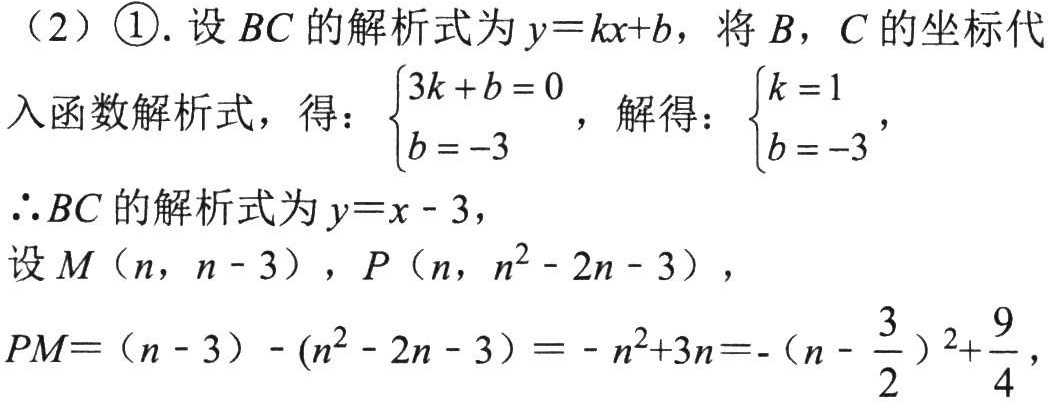
（2）\textcircled{1}. 设 \(BC\) 的解析式为 \(y = kx + b\)，将 \(B\)，\(C\) 的坐标代入函数解析式，得：\(\begin{cases}3k + b = 0 \\ b = - 3\end{cases}\)，解得：\(\begin{cases}k = 1 \\ b = - 3\end{cases}\)，

\(\therefore BC\) 的解析式为 \(y = x - 3\)，

设 \(M(n,n - 3)\)，\(P(n,n^{2}-2n - 3)\)，

\(PM=(n - 3)-(n^{2}-2n - 3)=-n^{2}+3n=-(n - \frac{3}{2})^{2}+\frac{9}{4}\)